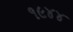
૧૯૪૪